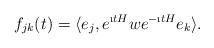
LaTeX: \begin{align*}f_{jk}(t) = \langle e_j , e^{ \i t H} w e^{ - \i t H} e_k \rangle .\end{align*}